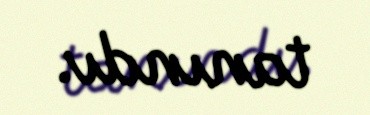
tanındı.